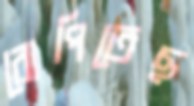
রোপিতেছ